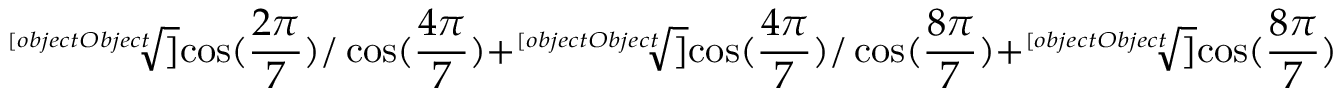
{ \sqrt [ [object Object] ] { \cos ( { \frac { 2 \pi } { 7 } } ) / \cos ( { \frac { 4 \pi } { 7 } } ) } } + { \sqrt [ [object Object] ] { \cos ( { \frac { 4 \pi } { 7 } } ) / \cos ( { \frac { 8 \pi } { 7 } } ) } } + { \sqrt [ [object Object] ] { \cos ( { \frac { 8 \pi } { 7 } } ) / \cos ( { \frac { 2 \pi } { 7 } } ) } } = - { \sqrt [ [object Object] ] { 7 } } .